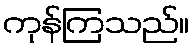
ကုန်ကြသည်။